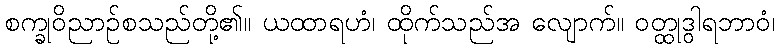
စက္ခုဝိညာဉ်စသည်တို့၏။ ယထာရဟံ၊ ထိုက်သည်အ လျောက်။ ဝတ္ထုဒွါရဘာဝံ၊